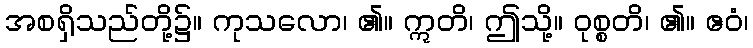
အစရှိသည်တို့၌။ ကုသလော၊ ၏။ ဣတိ၊ ဤသို့။ ဝုစ္စတိ၊ ၏။ ဧဝံ၊